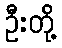
ဦးတို့